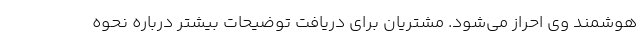
هوشمند وی احراز می‌شود. مشتریان برای دریافت توضیحات بیشتر درباره نحوه